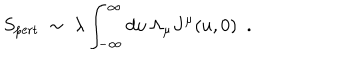
S _ { \mathrm { p e r t } } \ \sim \ \lambda \int _ { - \infty } ^ { \infty } d u \, \Lambda _ { \mu } J ^ { \mu } ( u , 0 ) \ \ .